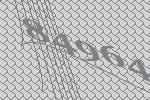
84964